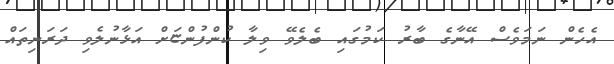
އެހެން ނަމަވެސް އޭނާގެ ބާރު ކަމުގައި ބެލެވޭ ވިލާ ކުންފުންޏަށް އަޅާނުލެވި ދަރަނިތައް